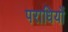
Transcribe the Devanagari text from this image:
पराधियों